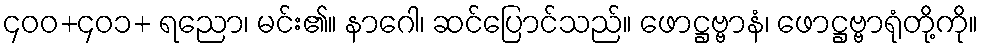
၄၀၀+၄၀၁+ ရညော၊ မင်း၏။ နာဂေါ၊ ဆင်ပြောင်သည်။ ဖောဋ္ဌဗ္ဗာနံ၊ ဖောဋ္ဌဗ္ဗာရုံတို့ကို။